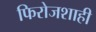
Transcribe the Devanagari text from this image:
फिरोजशाही